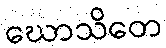
ဃောသိတေ